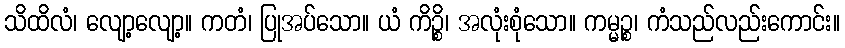
သိထိလံ၊ လျော့လျော့။ ကတံ၊ ပြုအပ်သော။ ယံ ကိဉ္စိ၊ အလုံးစုံသော။ ကမ္မဉ္စ၊ ကံသည်လည်းကောင်း။